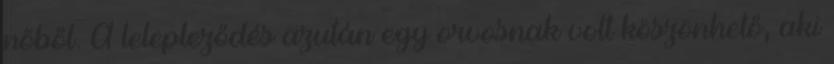
nőből. A lelepleződés azután egy orvosnak volt köszönhető, aki